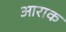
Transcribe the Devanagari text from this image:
आराक